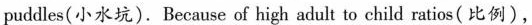
puddles( 小水坑).Because of high adult to child ratios(比例),